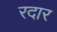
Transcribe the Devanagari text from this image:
रदार